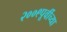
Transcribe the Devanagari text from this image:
२००९पूर्वीच्या